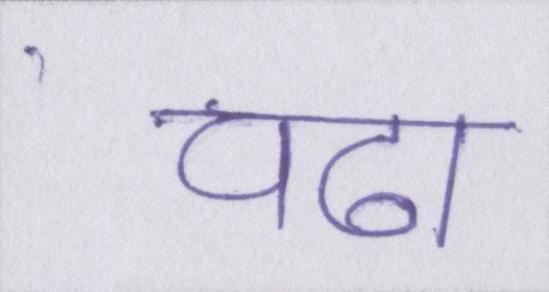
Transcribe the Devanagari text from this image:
चढा